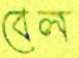
বেল